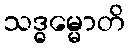
သဒ္ဓမ္မောတိ